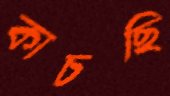
কাচছি